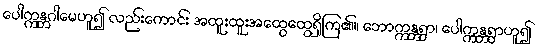
ပေါက္ကန္တဂါမေဟူ၍ လည်းကောင်း အထူးထူးအထွေထွေရှိကြ၏။ ဘောက္ကန္တရွာ၊ ပေါက္ကန္တရွာဟူ၍